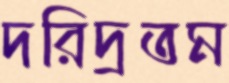
দরিদ্রতম